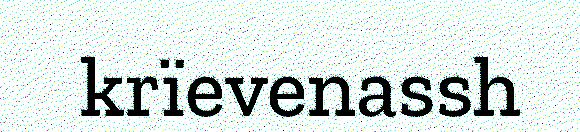
krïevenassh